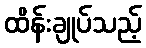
ထိန်းချုပ်သည့်